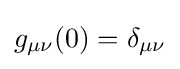
g_{\mu \nu }(0)=\delta _{\mu \nu }